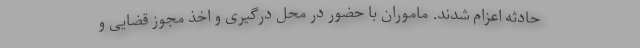
حادثه اعزام شدند. ماموران با حضور در محل درگیری و اخذ مجوز قضایی و